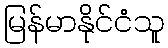
မြန်မာနိုင်ငံသူ